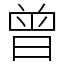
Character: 曾